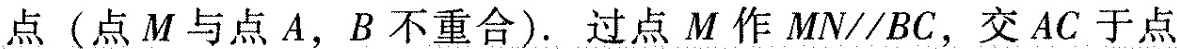
点(点M与点A，B不重合)。过点M作MN \parallel BC，交AC于点